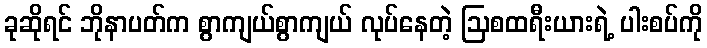
ခုဆိုရင် ဘိုနာပတ်က စွာကျယ်စွာကျယ် လုပ်နေတဲ့ ဩစထရီးယားရဲ့ ပါးစပ်ကို